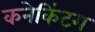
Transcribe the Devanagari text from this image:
कनेकिंटग